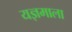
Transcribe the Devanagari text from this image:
यज्ञमाला